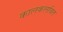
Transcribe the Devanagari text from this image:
कालकलवित